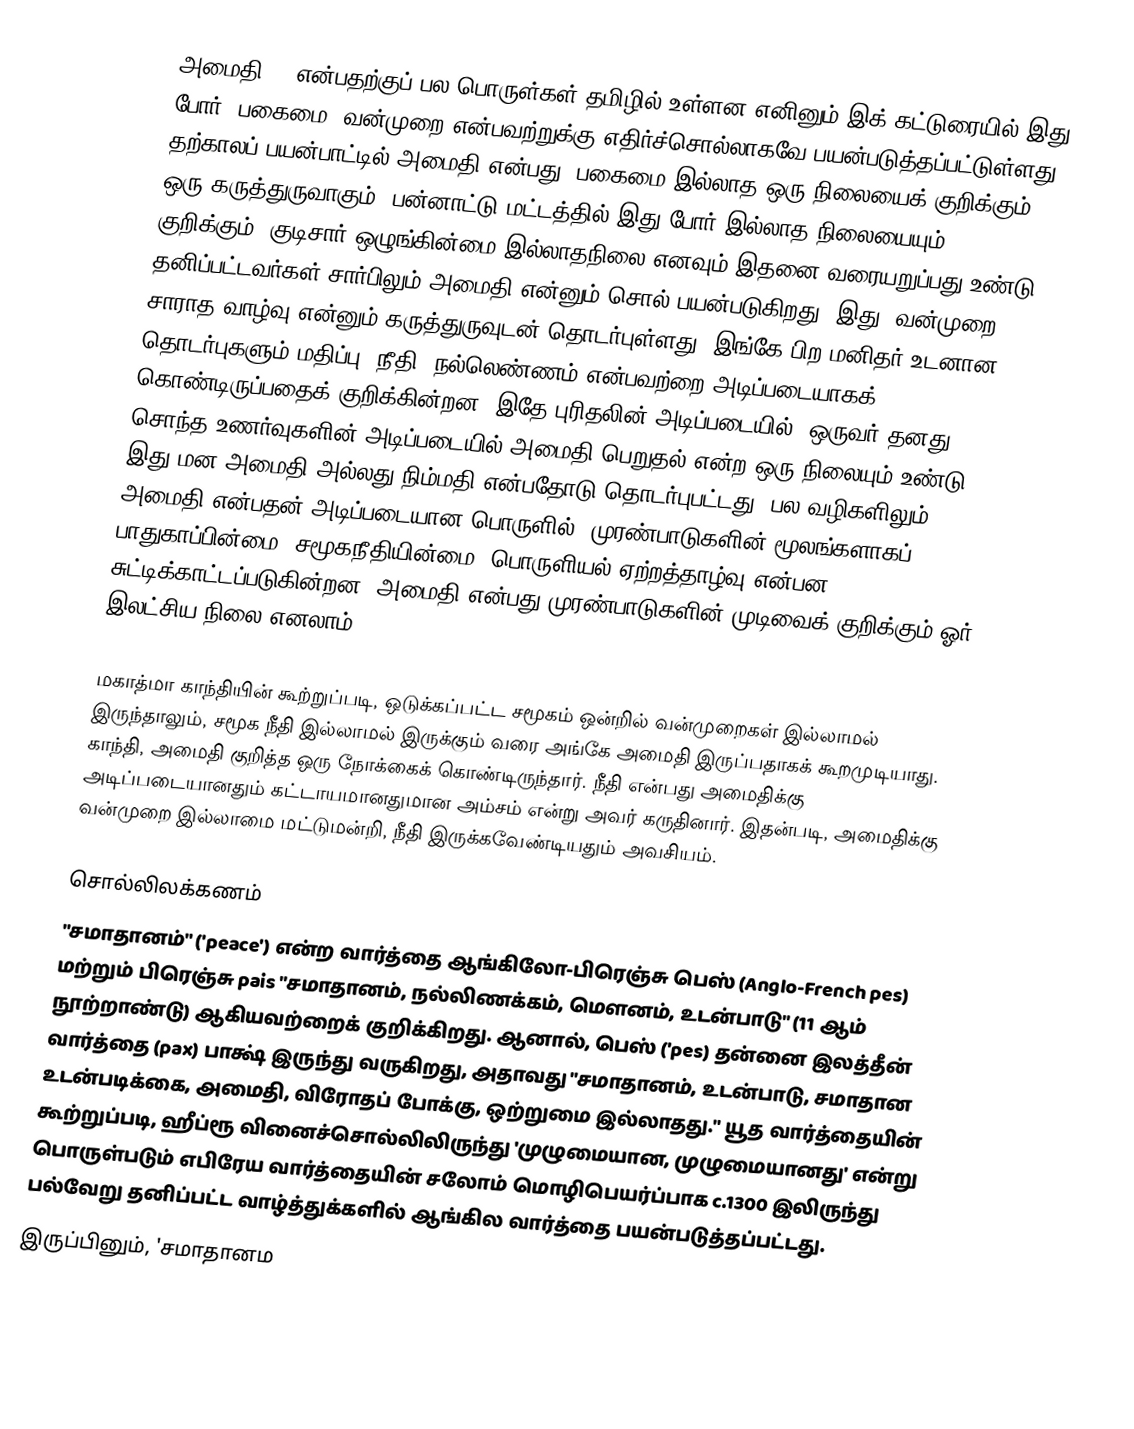
அமைதி () என்பதற்குப் பல பொருள்கள் தமிழில் உள்ளன எனினும் இக் கட்டுரையில் இது போர், பகைமை, வன்முறை என்பவற்றுக்கு எதிர்ச்சொல்லாகவே பயன்படுத்தப்பட்டுள்ளது. தற்காலப் பயன்பாட்டில் அமைதி என்பது, பகைமை இல்லாத ஒரு நிலையைக் குறிக்கும் ஒரு கருத்துருவாகும். பன்னாட்டு மட்டத்தில் இது போர் இல்லாத நிலையையும் குறிக்கும். குடிசார் ஒழுங்கின்மை இல்லாதநிலை எனவும் இதனை வரையறுப்பது உண்டு. தனிப்பட்டவர்கள் சார்பிலும் அமைதி என்னும் சொல் பயன்படுகிறது. இது, வன்முறை சாராத வாழ்வு என்னும் கருத்துருவுடன் தொடர்புள்ளது. இங்கே பிற மனிதர் உடனான தொடர்புகளும் மதிப்பு, நீதி, நல்லெண்ணம் என்பவற்றை அடிப்படையாகக் கொண்டிருப்பதைக் குறிக்கின்றன. இதே புரிதலின் அடிப்படையில், ஒருவர் தனது சொந்த உணர்வுகளின் அடிப்படையில் அமைதி பெறுதல் என்ற ஒரு நிலையும் உண்டு. இது மன அமைதி அல்லது நிம்மதி என்பதோடு தொடர்புபட்டது. பல வழிகளிலும், அமைதி என்பதன் அடிப்படையான பொருளில், முரண்பாடுகளின் மூலங்களாகப் பாதுகாப்பின்மை, சமூகநீதியின்மை, பொருளியல் ஏற்றத்தாழ்வு என்பன சுட்டிக்காட்டப்படுகின்றன. அமைதி என்பது முரண்பாடுகளின் முடிவைக் குறிக்கும் ஓர் இலட்சிய நிலை எனலாம்.

மகாத்மா காந்தியின் கூற்றுப்படி, ஒடுக்கப்பட்ட சமூகம் ஒன்றில் வன்முறைகள் இல்லாமல் இருந்தாலும், சமூக நீதி இல்லாமல் இருக்கும் வரை அங்கே அமைதி இருப்பதாகக் கூறமுடியாது. காந்தி, அமைதி குறித்த ஒரு நோக்கைக் கொண்டிருந்தார். நீதி என்பது அமைதிக்கு அடிப்படையானதும் கட்டாயமானதுமான அம்சம் என்று அவர் கருதினார். இதன்படி, அமைதிக்கு வன்முறை இல்லாமை மட்டுமன்றி, நீதி இருக்கவேண்டியதும் அவசியம்.

சொல்லிலக்கணம்
"சமாதானம்" ('peace') என்ற வார்த்தை ஆங்கிலோ-பிரெஞ்சு பெஸ் (Anglo-French pes) மற்றும் பிரெஞ்சு pais "சமாதானம், நல்லிணக்கம், மௌனம், உடன்பாடு" (11 ஆம் நூற்றாண்டு) ஆகியவற்றைக் குறிக்கிறது. ஆனால், பெஸ் ('pes) தன்னை இலத்தீன் வார்த்தை (pax) பாக்ஷ் இருந்து வருகிறது, அதாவது "சமாதானம், உடன்பாடு, சமாதான உடன்படிக்கை, அமைதி, விரோதப் போக்கு, ஒற்றுமை இல்லாதது."  யூத வார்த்தையின் கூற்றுப்படி, ஹீப்ரூ வினைச்சொல்லிலிருந்து 'முழுமையான, முழுமையானது' என்று பொருள்படும் எபிரேய வார்த்தையின் சலோம் மொழிபெயர்ப்பாக c.1300 இலிருந்து பல்வேறு தனிப்பட்ட வாழ்த்துக்களில் ஆங்கில வார்த்தை பயன்படுத்தப்பட்டது.
 இருப்பினும், 'சமாதானம